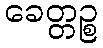
ခေတ္တဉ္စ